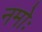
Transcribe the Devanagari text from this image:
नमोः